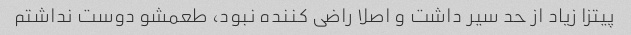
پیتزا زیاد از حد سیر داشت و اصلا راضی کننده نبود، طعمشو دوست نداشتم